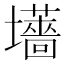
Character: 𫮽